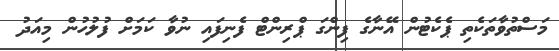
މަސްތުވާތަކެތި ޕެކެޓުން އޭނާގެ ފިންގަ ޕްރިންޓް ފެނިފައި ނުވާ ކަމަށް ފުލުހުން މިއަދު